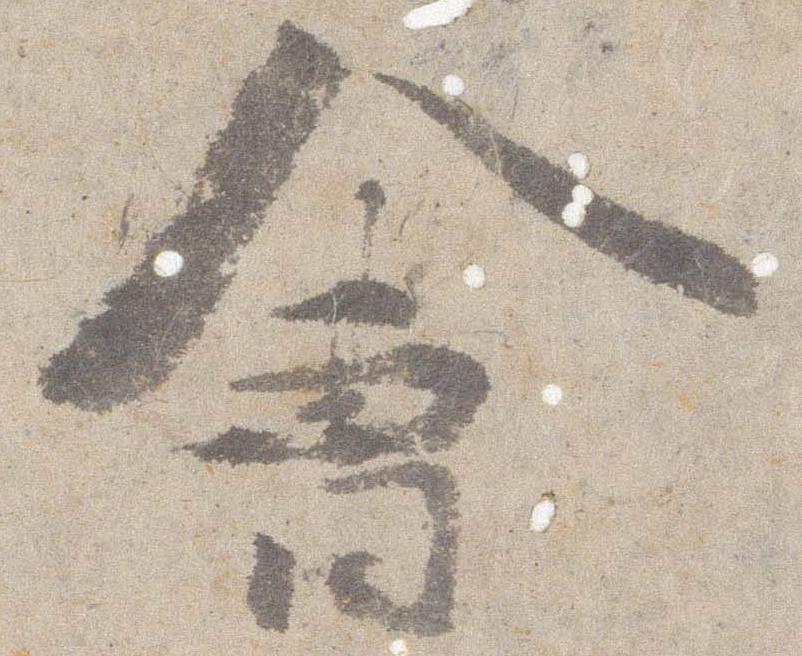
会